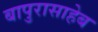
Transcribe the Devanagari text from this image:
बापुरासाहेब